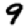
Digit: 9